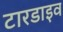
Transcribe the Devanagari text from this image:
टारडाइव